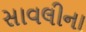
સાવલીના